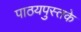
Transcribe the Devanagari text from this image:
पाठयपुस्तके